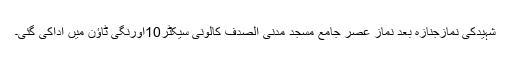
شہیدکی نمازجنازہ بعد نماز عصر جامع مسجد مدنی الصدف کالونی سیکٹر10اورنگی ٹاؤن میں اداکی گئی۔